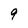
Character: 9